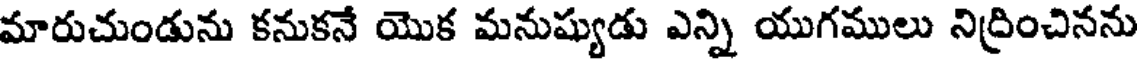
మారుచుండును కనుకనే యొక మనుష్యుడు ఎన్ని యుగములు నిద్రించినను